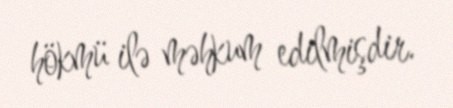
hökmü ilə məhkum edilmişdir.